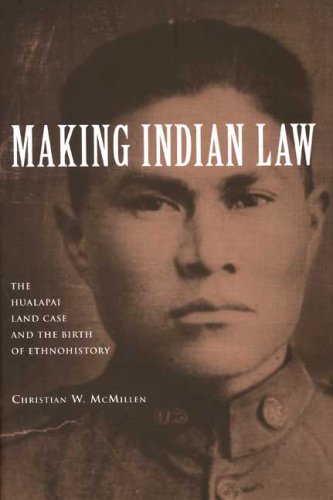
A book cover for Making Indian Law: The Hualapai Land Case and the Birth of Ethnohistory (The Lamar Series in Western History); Christian W. McMillen; Law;